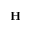
\mathbf { H }